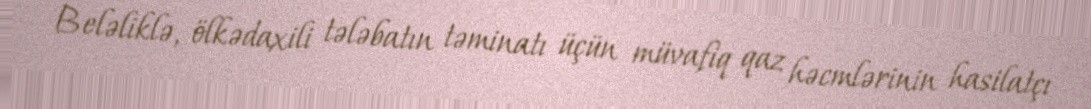
Beləliklə, ölkədaxili tələbatın təminatı üçün müvafiq qaz həcmlərinin hasilatçı